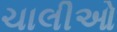
ચાલીઓ